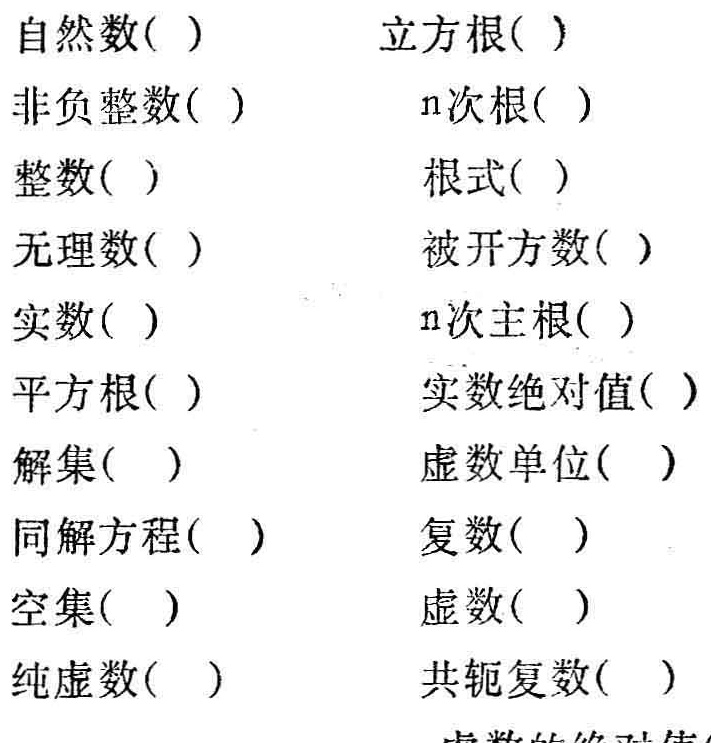
自然数( ) 立方根( )
非负整数( ) n次根( )
整数( ) 根式( )
无理数( ) 被开方数( )
实数( ) n次主根( )
平方根( ) 实数绝对值( )
解集( ) 虚数单位( )
同解方程( ) 复数( )
空集( ) 虚数( )
纯虚数( ) 共轭复数( )
虚数的绝对值